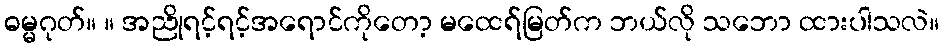
ဓမ္မဂုတ်။ ။ အညိုရင့်ရင့်အရောင်ကိုတော့ မထေရ်မြတ်က ဘယ်လို သဘော ထားပါသလဲ။